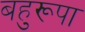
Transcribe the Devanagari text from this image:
बहुरूपा